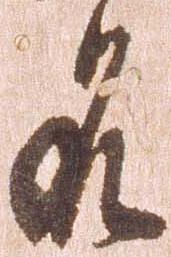
名